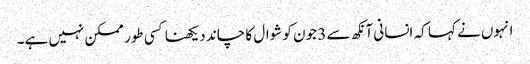
انہوں نے کہا کہ انسانی آنکھ سے 3 جون کو شوال کا چاند دیکھنا کسی طور ممکن نہیں ہے۔